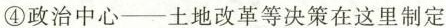
④政治中心——土地改革等决策在这里制定